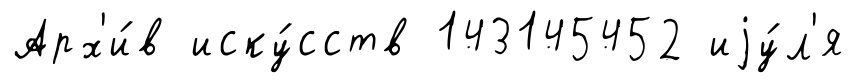
Арх'и́в иску́сств 143145452 иjу́л'я